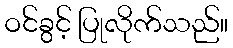
ဝင်ခွင့် ပြုလိုက်သည်။